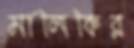
মালিকির